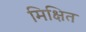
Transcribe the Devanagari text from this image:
मिक्षित